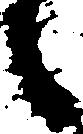
々